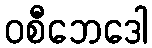
ဝစီဘေဒေါ